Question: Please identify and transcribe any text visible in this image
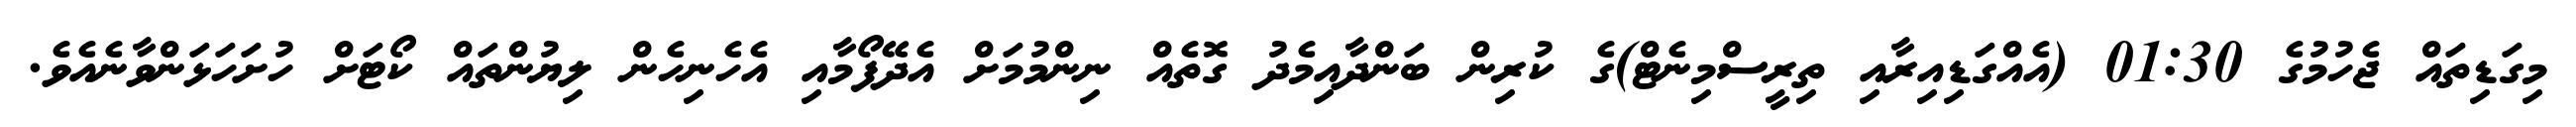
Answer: މިގަޑިތައް ޖެހުމުގެ 01:30 (އެއްގަޑިއިރާއި ތިރީސްމިނެޓް)ގެ ކުރިން ބަންދާއިމެދު ގޮތެއް ނިންމުމަށް އެދޭފޯމާއި އެހެނިހެން ލިޔުންތައް ކޯޓަށް ހުށަހަޅަންވާނެއެވެ.